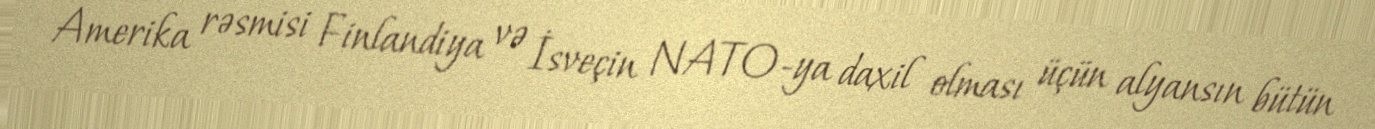
Amerika rəsmisi Finlandiya və İsveçin NATO-ya daxil olması üçün alyansın bütün